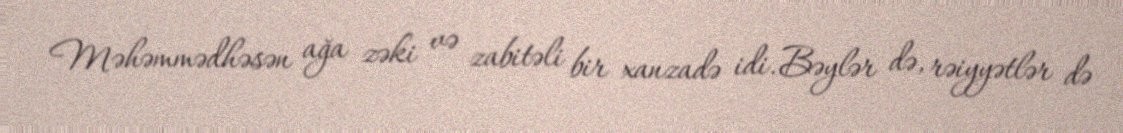
Məhəmmədhəsən ağa zəki və zabitəli bir xanzadə idi. Bəylər də, rəiyyətlər də